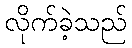
လိုက်ခဲ့သည်